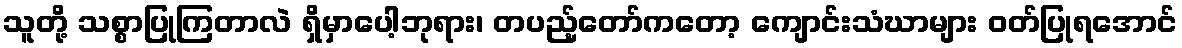
သူတို့ သစ္စာပြုကြတာလဲ ရှိမှာပေါ့ဘုရား၊ တပည့်တော်ကတော့ ကျောင်းသံဃာများ ဝတ်ပြုရအောင်